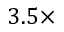
3 . 5 \times